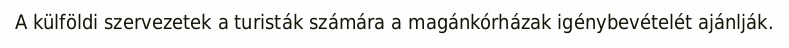
A külföldi szervezetek a turisták számára a magánkórházak igénybevételét ajánlják.